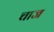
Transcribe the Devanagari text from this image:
चाज